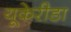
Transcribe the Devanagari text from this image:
यूकेरीडा